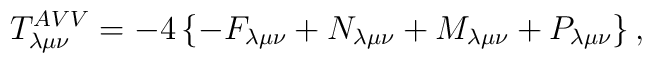
T_{\lambda \mu \nu }^{AVV}=-4\left\{ -F_{\lambda \mu \nu }+N_{\lambda \mu\nu }+M_{\lambda \mu \nu }+P_{\lambda \mu \nu }\right\} ,